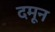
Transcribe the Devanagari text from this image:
दमून